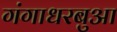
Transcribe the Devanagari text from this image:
गंगाधरबुआ